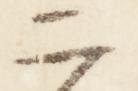
二